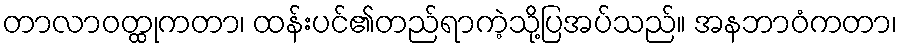
တာလာဝတ္ထုကတာ၊ ထန်းပင်၏တည်ရာကဲ့သို့ပြအပ်သည်။ အနဘာဝံကတာ၊